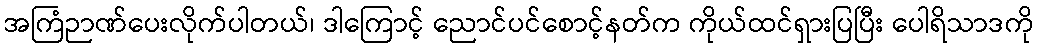
အကြံဉာဏ်ပေးလိုက်ပါတယ်၊ ဒါကြောင့် ညောင်ပင်စောင့်နတ်က ကိုယ်ထင်ရှားပြပြီး ပေါရိသာဒကို